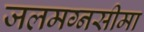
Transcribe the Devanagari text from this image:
जलमग्नसीमा